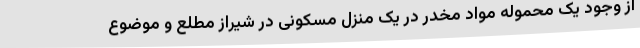
از وجود یک محموله مواد مخدر در یک منزل مسکونی در شیراز مطلع و موضوع